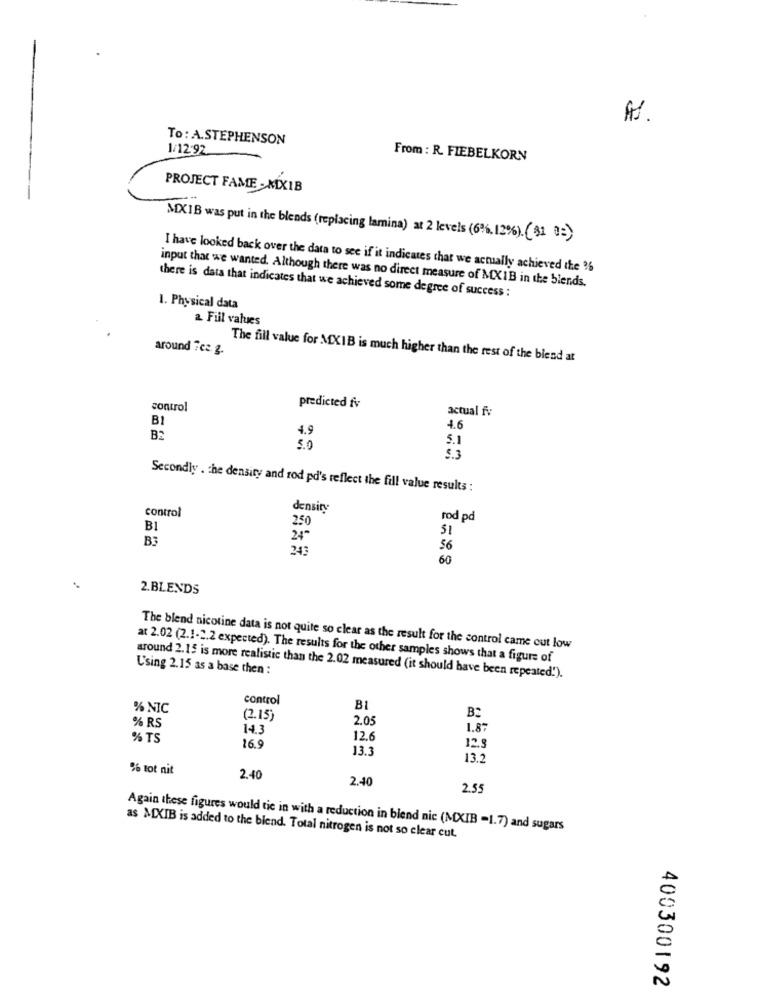
AS.
To : A.STEPHENSON
1/12-92
From : R. FIEBELKORN
PROJECT FAME - MXIB
MX1B was put in the blends (replacing lamina) at 2 levels (6%, 12%). (31 0=)
I have looked back over the data to see if it indicates that we actually achieved the 36
input that we wanted. Although there was no direct measure of MX1B in the blends.
there is data that indicates that we achieved some degree of success :
1. Physical data
a Fill values
around 7ce 2.
The fill value for MXIB is much higher than the rest of the blend at
control
predicted fv
actual fv
BI
4.9
4.6
B2
5.1
5.0
5.3
Secondly . the density and rod pd's reflect the fill value results :
control
density
rod pd
B
250
51
BB
24"
245
56
60
..
2.BLENDS
The blend nicotine data is not quite so clear as the result for the control came out low
at 2.02 (2.1-2.2 expected). The results for the other samples shows that a figure of
Using 2.15 as a base then :
around 2.15 is more realistic than the 2.02 measured (it should have been repeated!).
control
% NIC
BI
(2.15)
2.05
B2
% RS
14.3
1.8
% TS
12.0
26.9
13.3
12.9
13.2
% tot nit
2.40
2.40
2.55
Again these figures would tic in with a reduction in blend nic (MXIB -1.7) and sugars
as MXIB is added to the blend. Total nitrogen is not so clear cut.
400300192